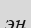
эн